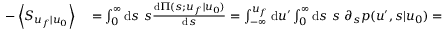
\begin{array} { r l } { - \left\langle S _ { u _ { f } | u _ { 0 } } \right\rangle } & { { } = \int _ { 0 } ^ { \infty } \mathrm { d } s \ s \frac { \mathrm { d } \Pi ( s ; u _ { f } | u _ { 0 } ) } { \mathrm { d } s } = \int _ { - \infty } ^ { u _ { f } } \mathrm { d } u ^ { \prime } \int _ { 0 } ^ { \infty } \mathrm { d } s \ s \ \partial _ { s } p ( u ^ { \prime } , s | u _ { 0 } ) = } \end{array}